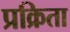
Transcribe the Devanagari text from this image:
प्रक्रिता